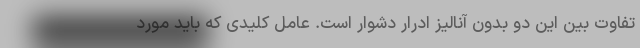
تفاوت بین این دو بدون آنالیز ادرار دشوار است. عامل کلیدی که باید مورد